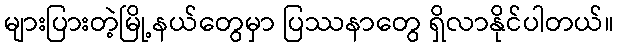
များပြားတဲ့မြို့နယ်တွေမှာ ပြဿနာတွေ ရှိလာနိုင်ပါတယ်။